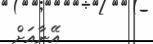
އޭނާއަށް